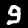
Label: 9